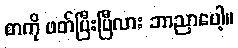
စာကို ဖတ်ပြီးပြီလား ဘာညာပေါ့။